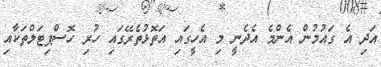
އަދި އެ ގައުމުން އެންމެ އެދެނީ މި އެހީގައި އަތޮޅުތެރޭގައި ހުރި ހޮސްޕިޓަލްތަކާއި